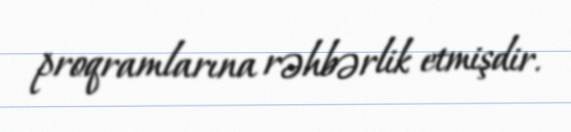
proqramlarına rəhbərlik etmişdir.